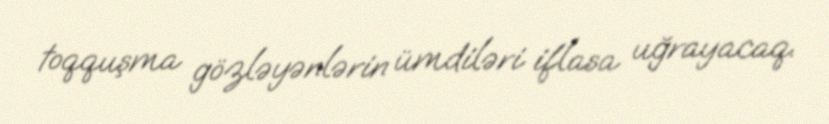
toqquşma gözləyənlərin ümdiləri iflasa uğrayacaq.